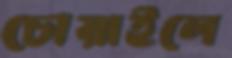
চোয়াইলে